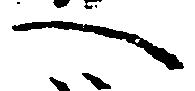
へ